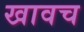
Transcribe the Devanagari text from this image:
खावच